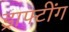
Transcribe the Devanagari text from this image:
ड्राफ्टींग